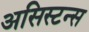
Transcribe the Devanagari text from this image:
असिस्टन्स